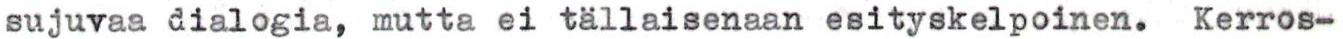
sujuvaa dialogia, mutta ei tällaisenaan esityskelpoinen. Kerros-